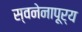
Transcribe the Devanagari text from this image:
स्वनेनापूर्य